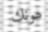
ھونك